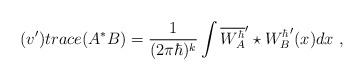
LaTeX: \begin{align*} (v') trace(A^*B)= \frac{1}{(2\pi{\hbar})^k} \int {\overline{W^{\hbar}_A}}'\star {W^{\hbar}_B}' (x) dx \ , \end{align*}